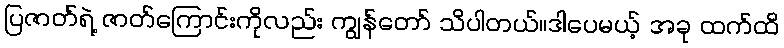
ပြဇာတ်ရဲ့ ဇာတ်ကြောင်းကိုလည်း ကျွန်တော် သိပါတယ်။ဒါပေမယ့် အခု ထက်ထိ